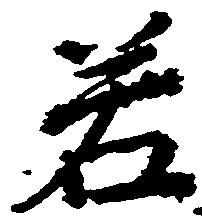
若